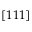
\left[ 1 1 1 \right]